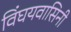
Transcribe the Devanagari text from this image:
विंघयवासिनी